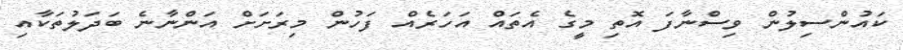
ކައުންސިލުން ވިސްނާފަ އޮތި މީގެ އެތައް އަހަރެއް ފަހުން މިރަށަށް އަންނާނެ ބަދަލުތަކާއި